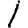
Digit: 1